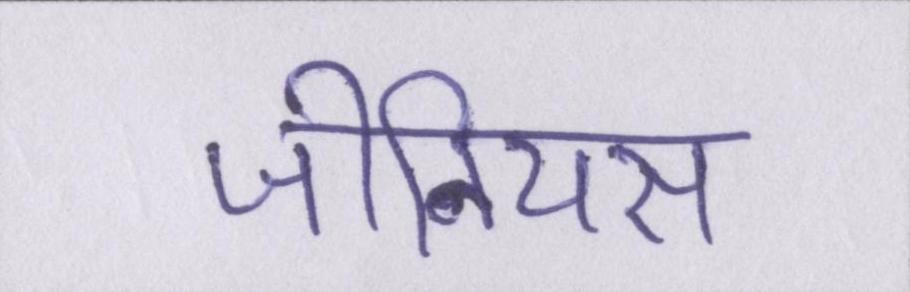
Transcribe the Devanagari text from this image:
जीनियस